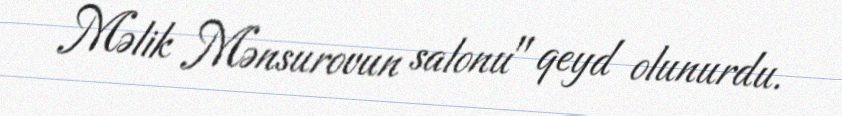
Məlik Mənsurovun salonu" qeyd olunurdu.